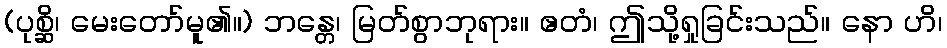
(ပုစ္ဆိ၊ မေးတော်မူ၏။) ဘန္တေ၊ မြတ်စွာဘုရား။ ဧတံ၊ ဤသို့ရှုခြင်းသည်။ နော ဟိ၊